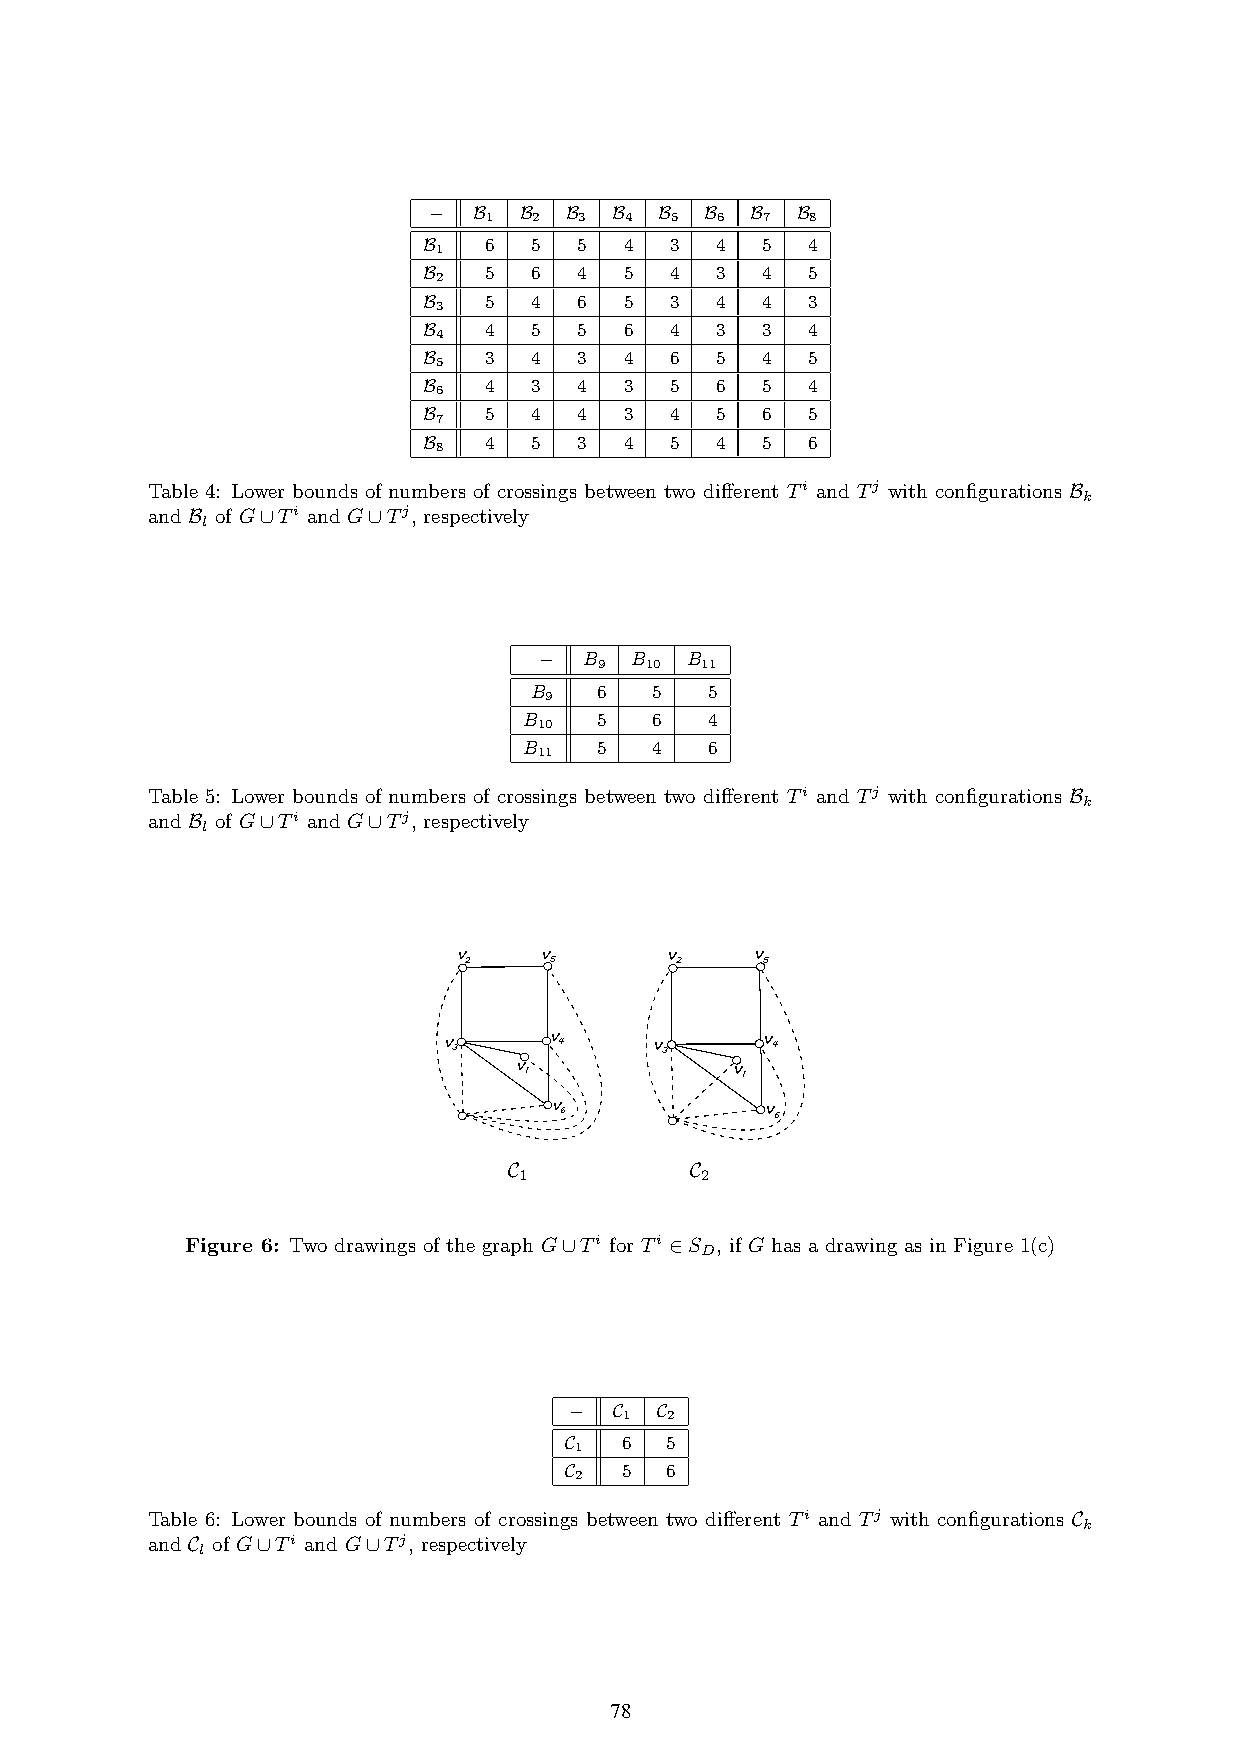
−  B  B  B  B   B  B  B  B
 1  2  3  4  5  6  7   8
 B   6  5  5  4  3  4  5  4
 1
 B   5  6  4  5  4  3  4  5
 2
 B   5  4  6  5  3  4  4  3
 3
 B   4  5  5  6  4  3  3  4
 4
 B   3  4  3  4  6  5  4  5
 5
 B   4  3  4  3  5  6  5  4
 6
 B   5  4  4  3  4  5  6  5
 7
 B   4  5  3  4  5  4  5  6
 8
 Table 4: Lower bounds of numbers of crossings between two different Ti and Tj with configurations B
 k
 and B of G∪Ti and G∪Tj, respectively
 l
 −  B  B  B
 9  10 11
 B   6   5   5
 9
 B   5   6   4
 10
 B   5   4   6
 11
 Table 5: Lower bounds of numbers of crossings between two different Ti and Tj with configurations B
 k
 and B of G∪Ti and G∪Tj, respectively
 l
 v     v       v     v
 2    5        2    5
 v 3    v 4    v 3    v 4
 v 1            v 1
 v 6           v 6
 C           C
 1           2
 Figure 6: Two drawings of the graph G∪Ti for Ti ∈S , if G has a drawing as in Figure 1(c)
 D
 −  C C
 1  2
 C   6  5
 1
 C   5  6
 2
 Table 6: Lower bounds of numbers of crossings between two different Ti and Tj with configurations C
 k
 and C of G∪Ti and G∪Tj, respectively
 l
 78